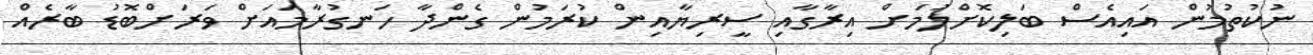
ނުކުތުމުން އައިއެސް ބަލިކޮށްލުމަށް އިރާގާއި ސީރިޔާއިން ކުރަމުން ގެންދާ ހަނގުރާމައަށް ވަރަށްބޮޑު ބާރެއް